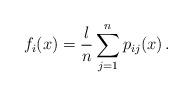
LaTeX: \begin{align*}f_i(x) = \frac{l}{n} \sum_{j=1}^n p_{ij}(x)\, .\end{align*}